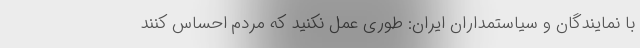
با نمایندگان و سیاستمداران ایران: طوری عمل نکنید که مردم احساس کنند